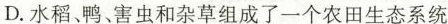
D.水稻、鸭、害虫和杂草组成了一个农田生态系统